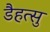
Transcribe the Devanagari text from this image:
डैहत्सु